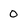
Character: 0